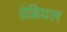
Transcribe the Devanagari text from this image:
ग्रेब्रियल